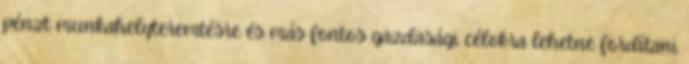
pénzt munkahelyteremtésre és más fontos gazdasági célokra lehetne fordítani